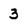
Character: 3